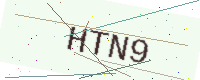
Text: HTN9